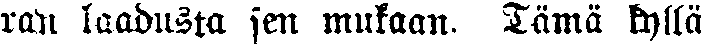
ran laadusta sen mukaan. Tämä kyllä